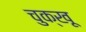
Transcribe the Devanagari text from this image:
चुक्खू